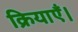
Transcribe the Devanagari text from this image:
क्रियाएँ।